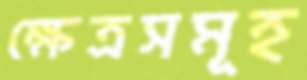
ক্ষেত্রসমূহ